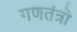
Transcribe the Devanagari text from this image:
गणतंत्रो